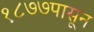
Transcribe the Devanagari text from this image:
१८७७पासून